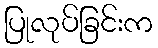
ပြုလုပ်ခြင်းက